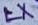
Text: LX